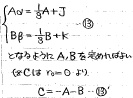
有关于\(A\)，\(B\)方程的解为
\[\begin{cases}
A\alpha=\frac{1}{3}A + J\\
B\beta=\frac{1}{3}B + K\\
C=-A - B
\end{cases}\]